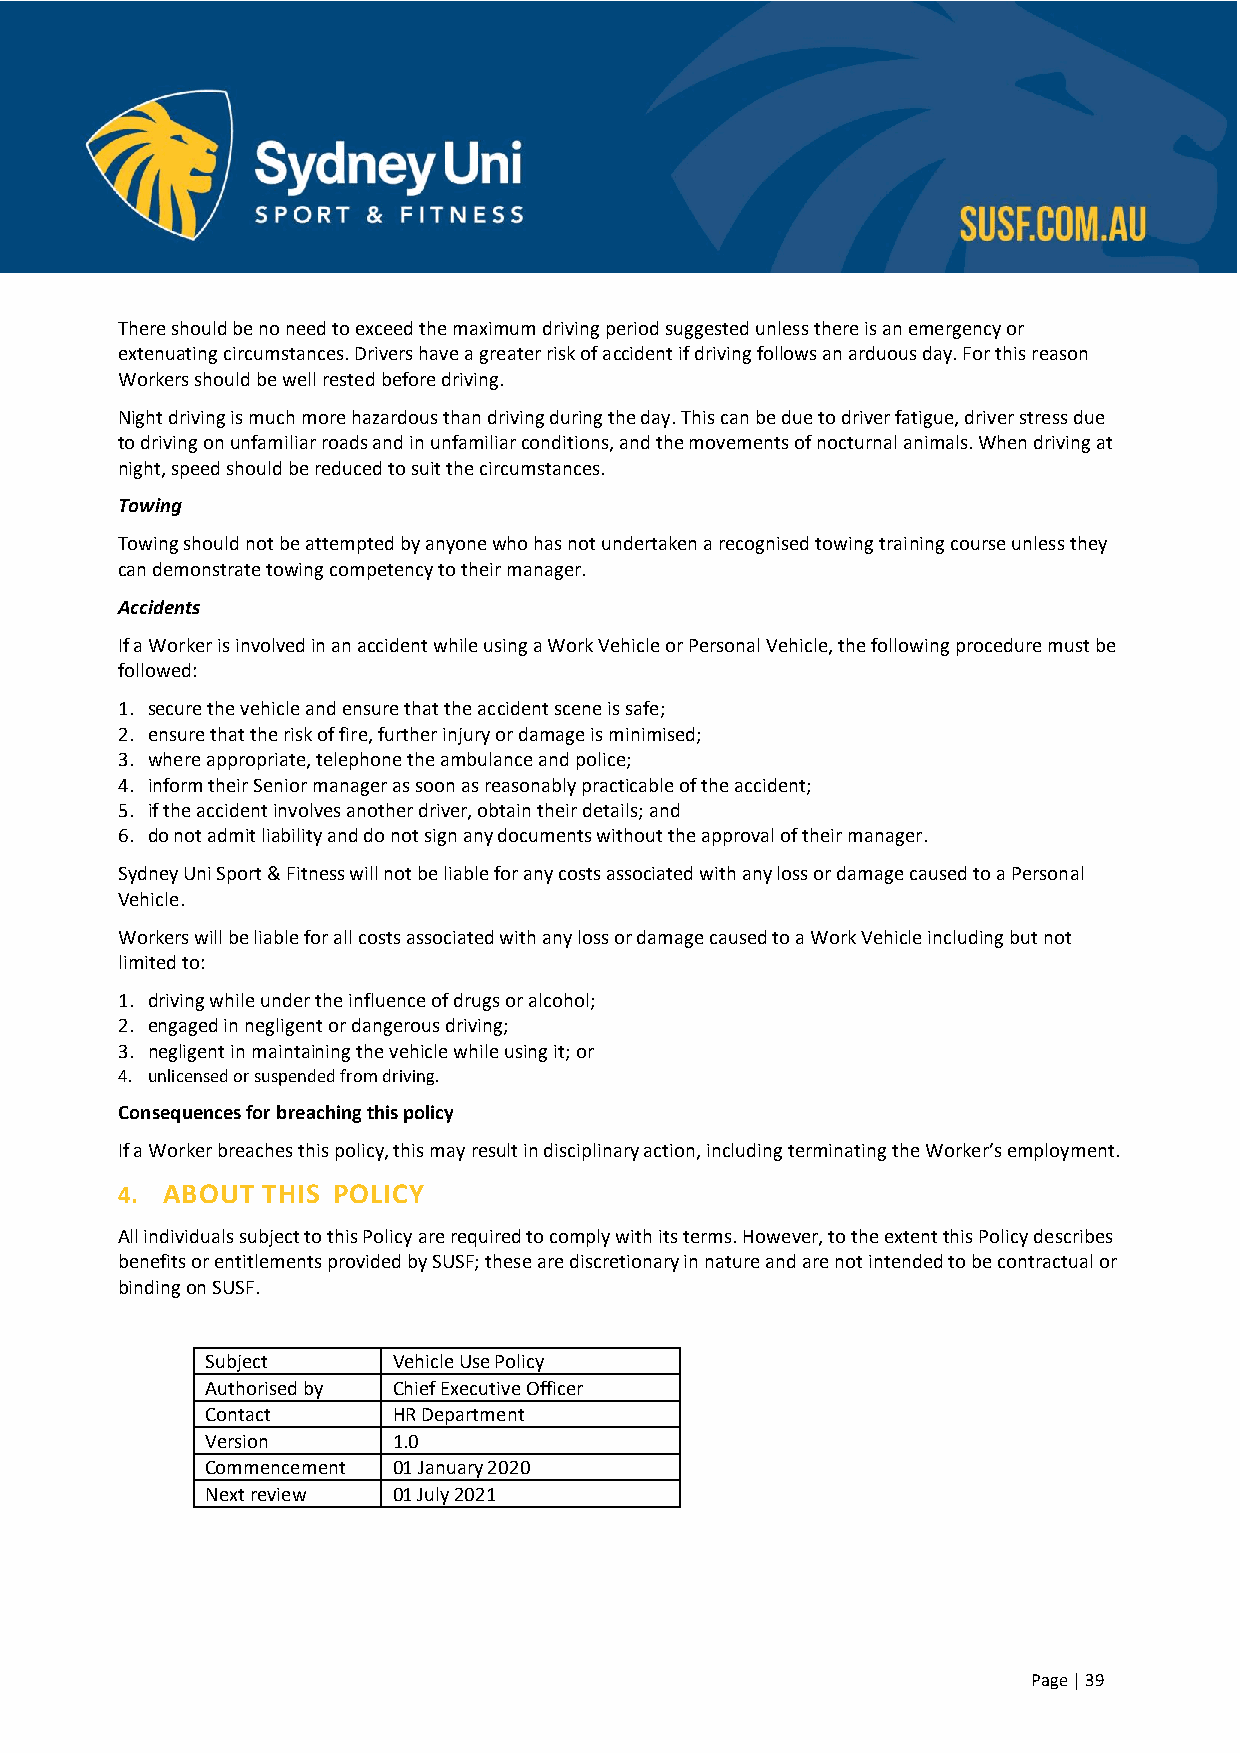
There should be no need to exceed the maximum driving period suggested unless there is an emergency or
 extenuating circumstances. Drivers have a greater risk of accident if driving follows an arduous day. For this reason
 Workers should be well rested before driving.
 Night driving is much more hazardous than driving during the day. This can be due to driver fatigue, driver stress due
 to driving on unfamiliar roads and in unfamiliar conditions, and the movements of nocturnal animals. When driving at
 night, speed should be reduced to suit the circumstances.
 Towing
 Towing should not be attempted by anyone who has not undertaken a recognised towing training course unless they
 can demonstrate towing competency to their manager.
 Accidents
 If a Worker is involved in an accident while using a Work Vehicle or Personal Vehicle, the following procedure must be
 followed:
 1. secure the vehicle and ensure that the accident scene is safe;
 2. ensure that the risk of fire, further injury or damage is minimised;
 3. where appropriate, telephone the ambulance and police;
 4. inform their Senior manager as soon as reasonably practicable of the accident;
 5. if the accident involves another driver, obtain their details; and
 6. do not admit liability and do not sign any documents without the approval of their manager.
 Sydney Uni Sport & Fitness will not be liable for any costs associated with any loss or damage caused to a Personal
 Vehicle.
 Workers will be liable for all costs associated with any loss or damage caused to a Work Vehicle including but not
 limited to:
 1. driving while under the influence of drugs or alcohol;
 2. engaged in negligent or dangerous driving;
 3. negligent in maintaining the vehicle while using it; or
 4. unlicensed or suspended from driving.
 Consequences for breaching this policy
 If a Worker breaches this policy, this may result in disciplinary action, including terminating the Worker’s employment.
 4. ABOUT THIS POLICY
 All individuals subject to this Policy are required to comply with its terms. However, to the extent this Policy describes
 benefits or entitlements provided by SUSF; these are discretionary in nature and are not intended to be contractual or
 binding on SUSF.
 Subject     Vehicle Use Policy
 Authorised by Chief Executive Officer
 Contact     HR Department
 Version     1.0
 Commencement 01 January 2020
 Next review 01 July 2021
 Page | 39